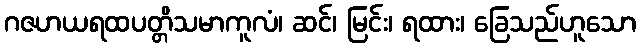
ဂဇဟယရထပတ္တိသမာကူလံ၊ ဆင်၊ မြင်း၊ ရထား၊ ခြေသည်ဟူသော